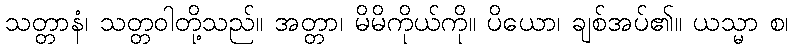
သတ္တာနံ၊ သတ္တဝါတို့သည်။ အတ္တာ၊ မိမိကိုယ်ကို။ ပိယော၊ ချစ်အပ်၏။ ယသ္မာ စ၊